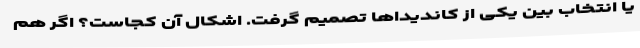
یا انتخاب بین یکی از کاندیداها تصمیم گرفت. اِشکال آن کجاست؟ اگر هم